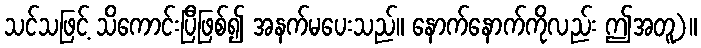
သင်သဖြင့် သိကောင်းပြီဖြစ်၍ အနက်မပေးသည်။ နောက်နောက်ကိုလည်း ဤအတူ)။